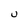
Character: u